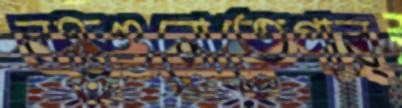
বস্তুগুলোতেপার্